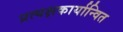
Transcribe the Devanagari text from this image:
प्रत्यक्षकार्यान्वित